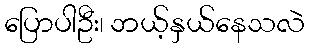
ပြောပါဦး၊ ဘယ့်နှယ်နေသလဲ